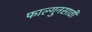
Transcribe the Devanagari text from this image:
फाल्गुनसाठी